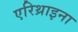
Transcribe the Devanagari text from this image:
एरिथ्राइना